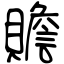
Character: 贍